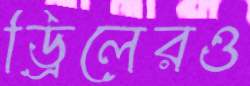
ড্রিলেরও